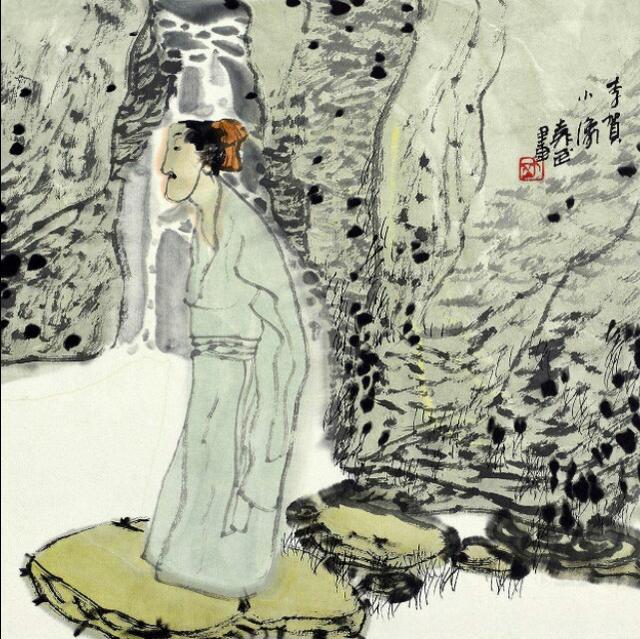
劝君终日酩酊醉，酒不到刘伶坟上土。